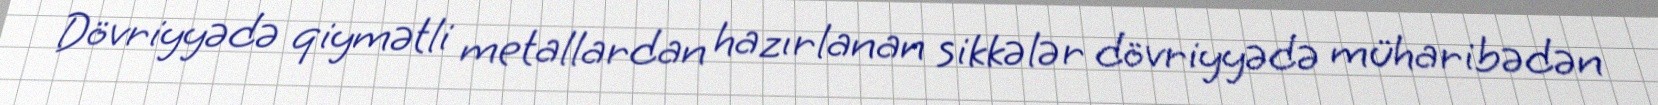
Dövriyyədə qiymətli metallardan hazırlanan sikkələr dövriyyədə müharibədən